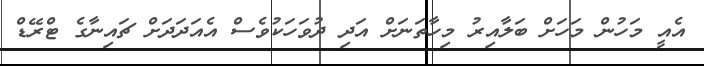
އެއީ މަހުން މަހަށް ބަލާއިރު މިހާތަނަށް އަދި ދުވަހަކުވެސް އެއަދަދަށް ޗައިނާގެ ޓްރޭޑް